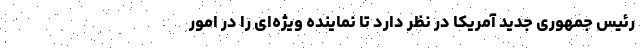
رئیس جمهوری جدید آمریکا در نظر دارد تا نماینده‌ ویژه‌ای را در امور